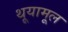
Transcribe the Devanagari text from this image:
थूयामूल